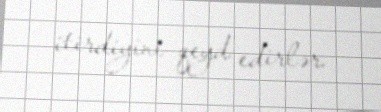
itirdiyini qeyd edirlər.